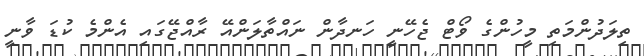
ތިލަދުންމަތި މީހުންގެ ވޯޓް ޖެހޭނީ ހަނދާން ނައްތާލަންއޭ ރާއްޖޭގައި އެންމެ ކުޑަ ވާނީ